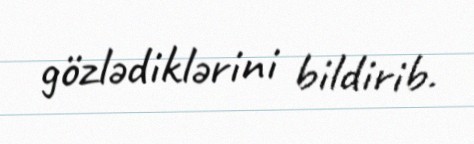
gözlədiklərini bildirib.